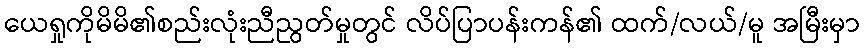
ယေရှုကိုမိမိ၏စည်းလုံးညီညွတ်မှုတွင် လိပ်ပြာပန်းကန်၏ ထက်/လယ်/မူ အမြီးမှာ